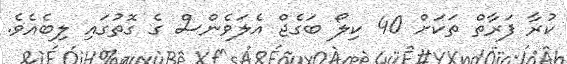
ކުރާ ފަރާތް ތަކަށް 40 ކިލޯ ބަގެޖް އެލަވެންސް ގެ ގޮތުގައި ލިބެއެވެ.